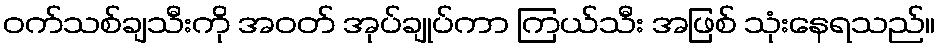
ဝက်သစ်ချသီးကို အဝတ် အုပ်ချုပ်ကာ ကြယ်သီး အဖြစ် သုံးနေရသည်။